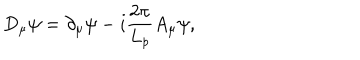
LaTeX: D _ { \mu } \psi = \partial _ { \mu } \psi - i \frac { 2 \pi } { L _ { p } } A _ { \mu } \psi ,